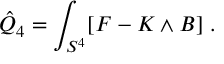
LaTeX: \hat { Q } _ { 4 } = \int _ { S ^ { 4 } } [ F - K \wedge B ] \ .